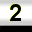
Digit: 2